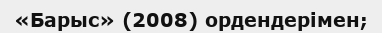
«Барыс» (2008) ордендерімен;